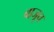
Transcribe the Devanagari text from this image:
बाजूच